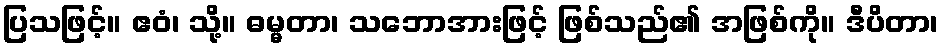
ပြသဖြင့်။ ဧဝံ၊ သို့။ ဓမ္မတာ၊ သဘောအားဖြင့် ဖြစ်သည်၏ အဖြစ်ကို။ ဒီပိတာ၊